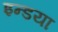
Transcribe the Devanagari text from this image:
इन्डया